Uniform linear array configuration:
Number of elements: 12
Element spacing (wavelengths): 0.25
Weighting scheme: blackman
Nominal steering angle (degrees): -45
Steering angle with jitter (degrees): -46.71
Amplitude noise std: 0.05
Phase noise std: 0.05

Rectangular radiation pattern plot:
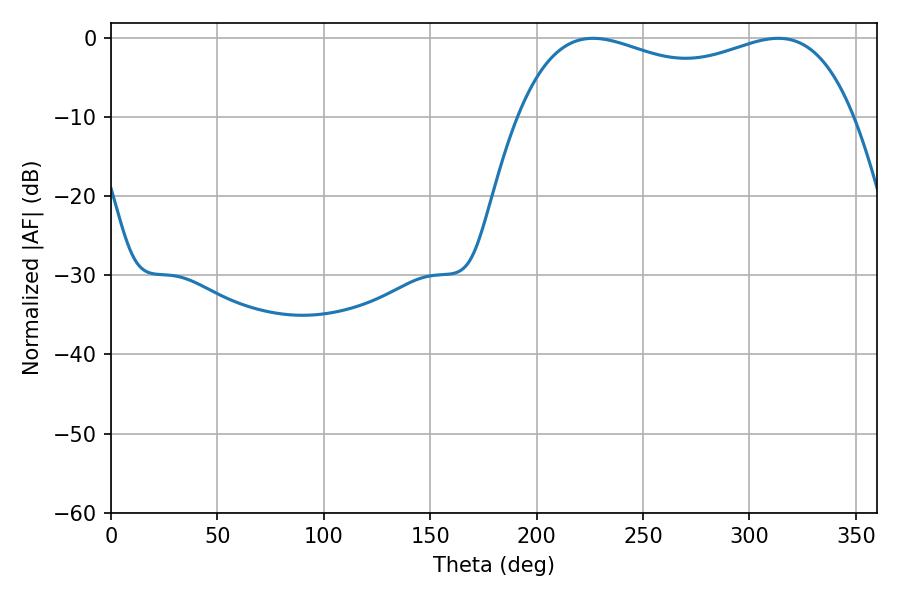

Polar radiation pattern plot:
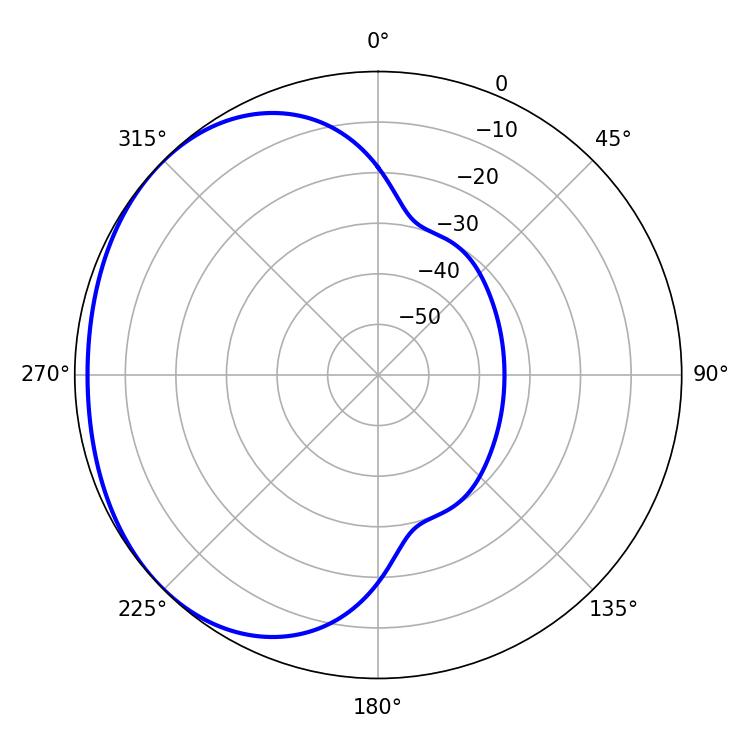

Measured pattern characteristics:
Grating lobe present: FALSE
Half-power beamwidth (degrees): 129.6
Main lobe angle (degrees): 226.44